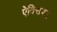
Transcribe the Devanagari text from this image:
ऐक्सियल